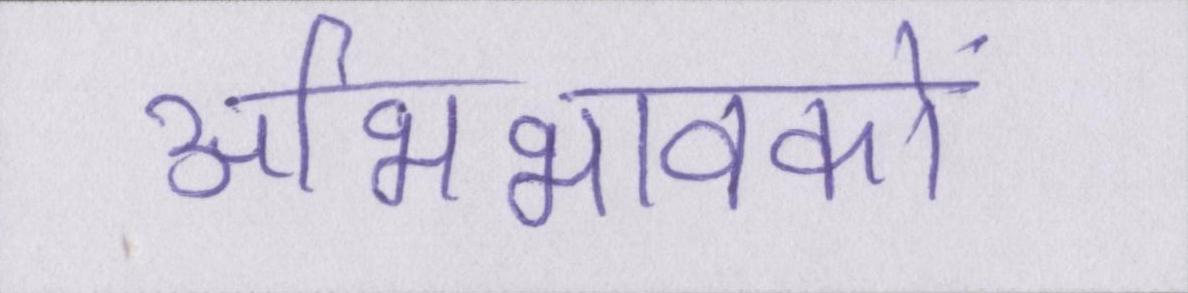
अभिभावकों